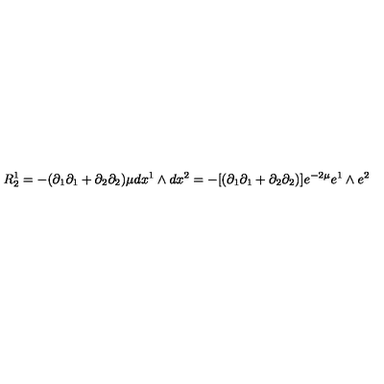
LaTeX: R _ { 2 } ^ { 1 } = - ( \partial _ { 1 } \partial _ { 1 } + \partial _ { 2 } \partial _ { 2 } ) \mu d x ^ { 1 } \wedge d x ^ { 2 } = - [ ( \partial _ { 1 } \partial _ { 1 } + \partial _ { 2 } \partial _ { 2 } ) ] e ^ { - 2 \mu } e ^ { 1 } \wedge e ^ { 2 }